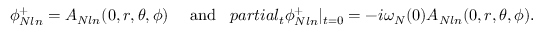
\phi _ { N l n } ^ { + } = A _ { N l n } ( 0 , r , \theta , \phi ) \ \ \ \ \mathrm { a n d } \ \ \, p a r t i a l _ { t } \phi _ { N l n } ^ { + } | _ { t = 0 } = - i \omega _ { N } ( 0 ) A _ { N l n } ( 0 , r , \theta , \phi ) .